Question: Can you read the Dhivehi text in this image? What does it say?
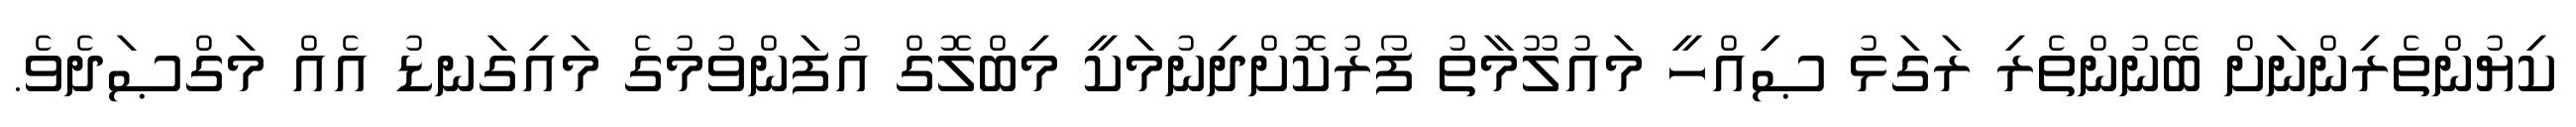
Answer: ކިޔުންތެރިންނަށް ބޭނުންތެރި ރަގަޅު ޞިއްހީ މައުލޫމާތު ފޯރުކޮށްދިނުމަކީ މިބްލޮގް އުފަންވުމުގެ މައިގަނޑު އެއް މަގްޞަދެވެ.